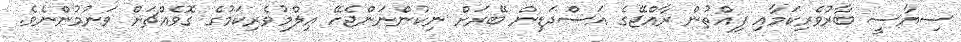
ސިޔާސީ ބާރުވެރިކަމާއި ފިއްތުން ރާއްޖޭގެ އަސްދަޑިން ބޭރަށް ނިކުންނަންޖެހޭ ޢިލްމުވެރިކަމުގެ ގޮވެއްޗަށް ވަނުމުންނެވެ.